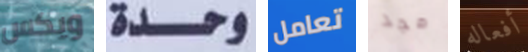
ويكس وحدة تعامل مجد أفعاله